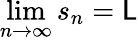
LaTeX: \operatorname*{lim}_{n\to\infty}s_{n}=\mathsf{L}